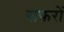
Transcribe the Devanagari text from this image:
सफरों